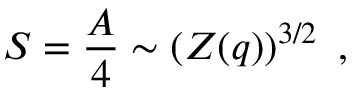
S = { \frac { A } { 4 } } \sim \left( Z ( q ) \right) ^ { 3 / 2 } \ ,